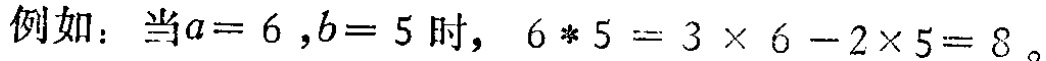
例如：当\(a = 6,b = 5\)时，\(6*5 = 3\times6 - 2\times5 = 8\)。